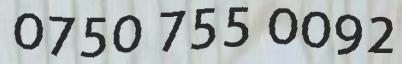
0750 755 0092